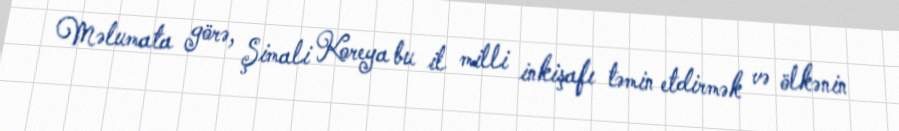
Məlumata görə, Şimali Koreya bu il milli inkişafı təmin etdirmək və ölkənin